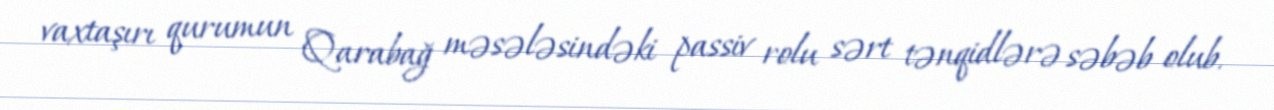
vaxtaşırı qurumun Qarabağ məsələsindəki passiv rolu sərt tənqidlərə səbəb olub.